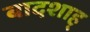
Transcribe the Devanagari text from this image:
बादशाह्